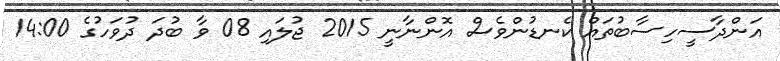
އަންދާސީހިސާބުތައް ކެނޑުންވެސް އޮންނާނީ 2015 ޖުލައި 08 ވާ ބުދަ ދުވަހުގެ 14:00